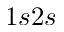
1 s 2 s